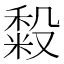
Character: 𰨴